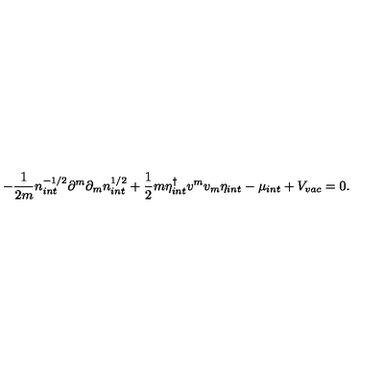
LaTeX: - \frac { 1 } { 2 m } n _ { i n t } ^ { - 1 / 2 } \partial ^ { m } \partial _ { m } n _ { i n t } ^ { 1 / 2 } + \frac { 1 } { 2 } m \eta _ { i n t } ^ { \dagger } v ^ { m } v _ { m } \eta _ { i n t } - \mu _ { i n t } + V _ { v a c } = 0 .